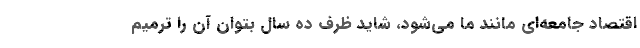
اقتصاد جامعه‌ای مانند ما می‌شود، شاید ظرف ده سال بتوان آن را ترمیم